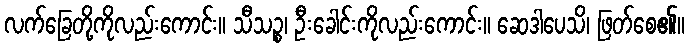
လက်ခြေတို့ကိုလည်းကောင်း။ သီသဉ္စ၊ ဦးခေါင်းကိုလည်းကောင်း။ ဆေဒါပေသိ၊ ဖြတ်စေ၏။